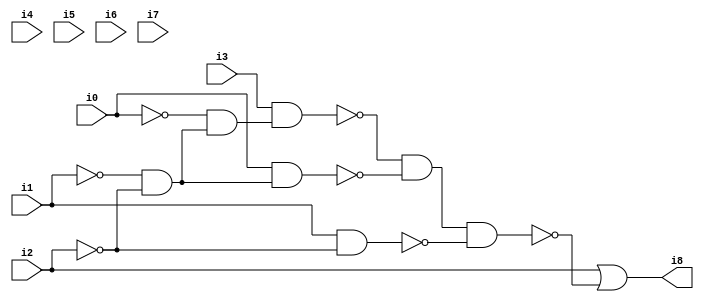
// Benchmark "SKOLEMFORMULA" written by ABC on Mon May  4 15:54:13 2020

module SKOLEMFORMULA ( 
    i0, i1, i2, i3, i4, i5, i6, i7,
    i8  );
  input  i0, i1, i2, i3, i4, i5, i6, i7;
  output i8;
  wire n10, n11, n12, n13, n14, n15, n16;
  assign n10 = ~i1 & ~i2;
  assign n11 = ~i0 & n10;
  assign n12 = i3 & n11;
  assign n13 = i0 & n10;
  assign n14 = ~n12 & ~n13;
  assign n15 = i1 & ~i2;
  assign n16 = n14 & ~n15;
  assign i8 = i2 | ~n16;
endmodule